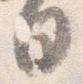
日